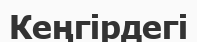
Кеңгірдегі